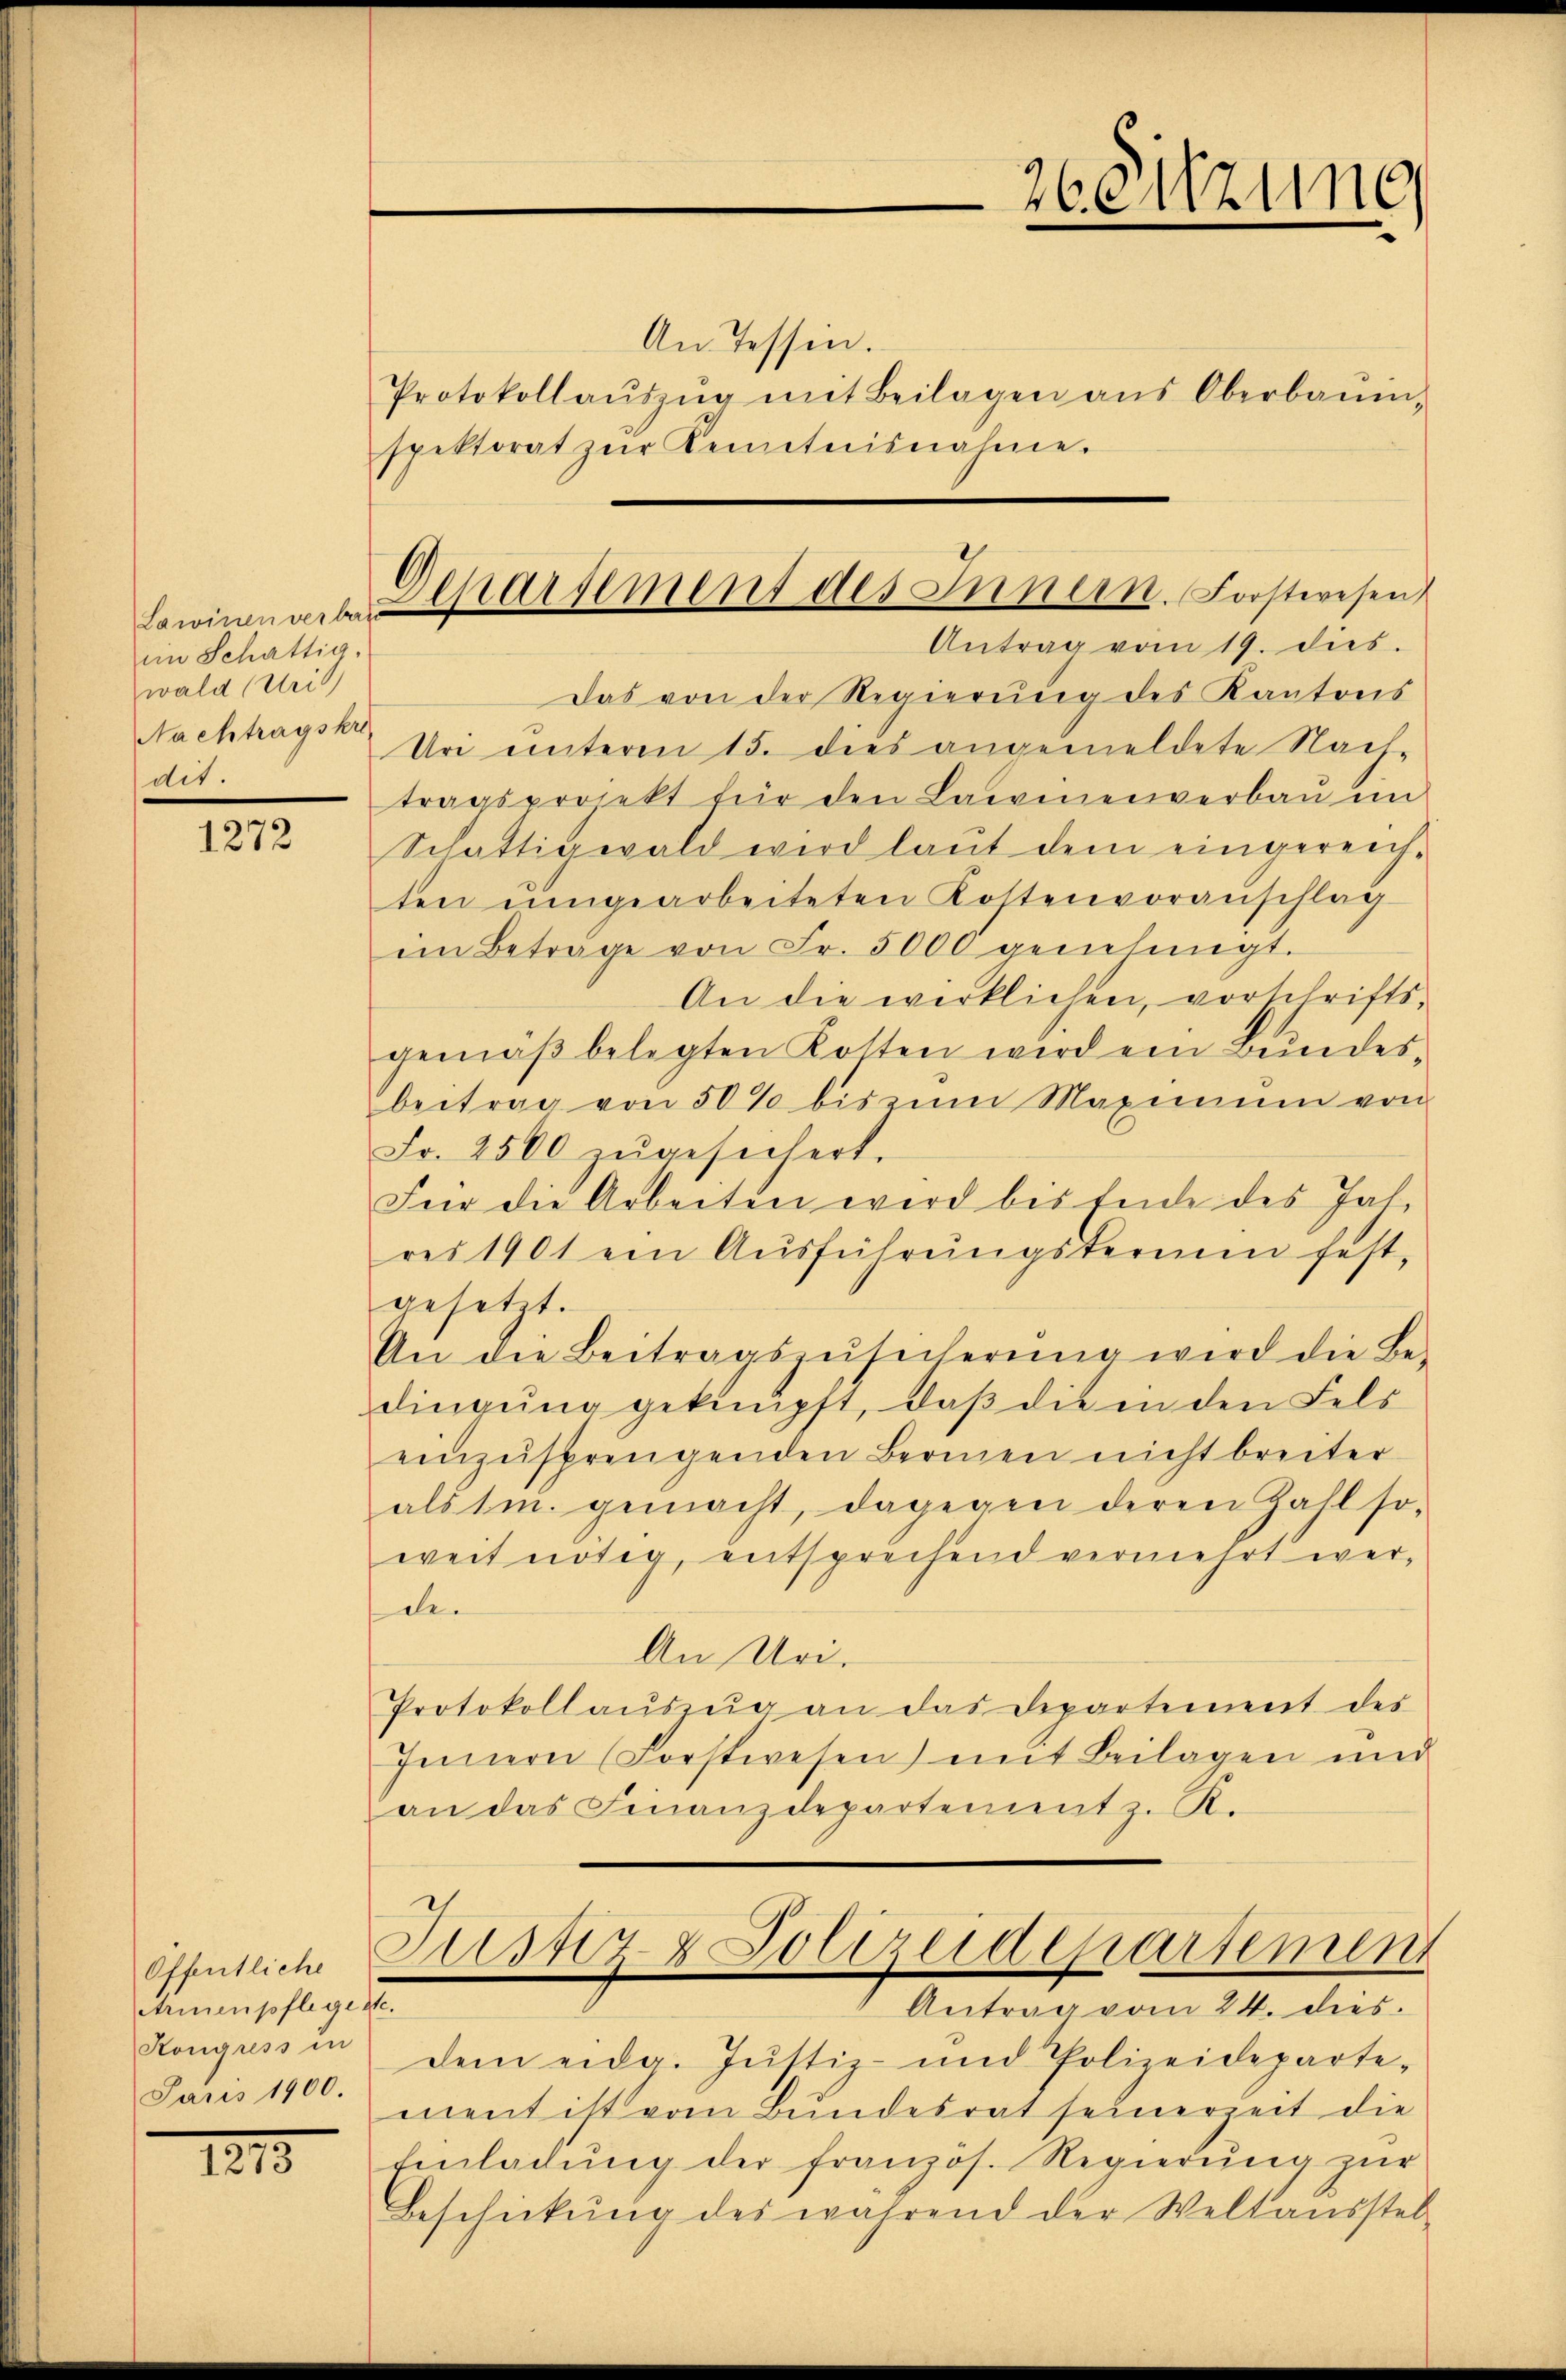
Lawinen verba
im Schättig,
wald drit
Nachtragskr
dit.

1272

Öffentliche
Armenpflegeste.
Kongress in
Paris 1900.

1213.

An Tessin.
Protokollaŭszŭg mit Beilagen ans Oberbaŭin,
spektorat zŭr Kenntnisnahme.

Das von der Regierung des Kantons
Ur unterm 15. dies angemeldete Nach
tragsprojekt für den Lawinenverbaŭ in
Schättigwald wird laut dem eingereichten umgearbeiteten Kostenvoranschlag
im Betrage von Fr. 5000 genehmigt.
An die wirklichen, vorschriftsgemäβ belegten Kosten wird ein Bundesbeitrag von 50% bis zum Maxime von
Fr. 2500 zŭgesichert.
Für die Arbeiten wird bis Ende des Jal,
res 1901 ein Ausführungsterien fest-
gesetzt.
An die Beitragszŭsicherŭng wird die Be-
dingung geknüpft, daß die in den Fels
einzusprengenden Bernen nicht breiter
als 1m. gemacht, dagegen deren Zahl so
weit nötig, entsprechend vermehrt werde
An Uri.
Protokollaŭszŭg an das Departement der
Innern (Forstwesen) mit Beilagen und
an das Finanzdepartement z. R.
Junz & Polizeidepartement
Antrag vom 24. dies
dem eidg. Justiz- und Polizeideparte-
ment ist vom Bundesrat seinerzeit die
Einladŭng der französ. Regierŭng zŭr
Beschickŭng des während der Weltausstel-

2eitzung

b
Separsement des Innern. Forstwesen
Antrag vom 19. dies.